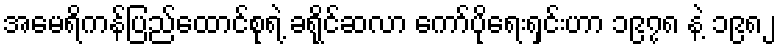
အမေရိကန်ပြည်ထောင်စုရဲ့ ခရိုင်ဆလာ ကော်ပိုရေးရှင်းဟာ ၁၉၇၈ နဲ့ ၁၉၈၂